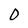
Character: 0